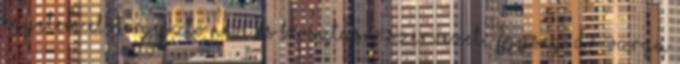
EGYETEM Előterjesztő neve és beosztása: Szervezeti egység: Dr. Varga